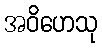
အဝိဟေသု